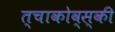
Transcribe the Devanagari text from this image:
त्चाकोव्स्की